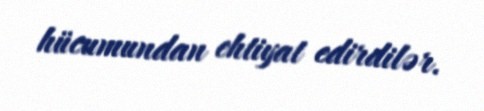
hücumundan ehtiyat edirdilər.